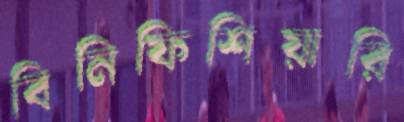
বিনিফিশিয়ারি